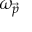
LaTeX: \omega _ { \vec { p } }